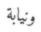
ونيابة